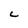
Character: c